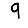
Digit: 9